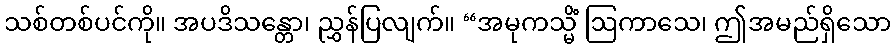
သစ်တစ်ပင်ကို။ အပဒိသန္တော၊ ညွှန်ပြလျက်။ “အမုကသ္မိံ ဩကာသေ၊ ဤအမည်ရှိသော